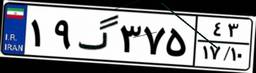
۲۷گ۴۹۷۰۰